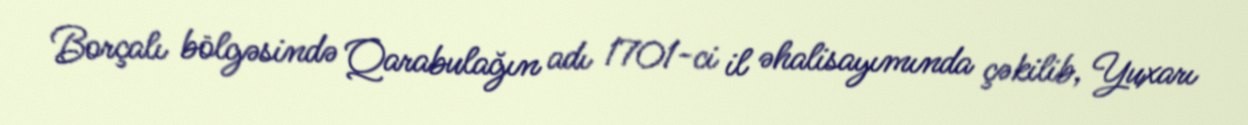
Borçalı bölgəsində Qarabulağın adı 1701-ci il əhalisayımında çəkilib, Yuxarı